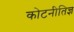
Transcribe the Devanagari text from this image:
कोटनीतिज्ञ